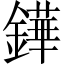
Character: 鏵